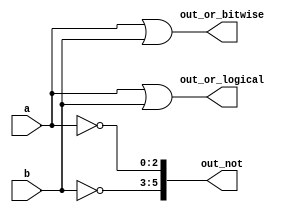
// This program was cloned from: https://github.com/matthlud/HDLBits
// License: Apache License 2.0

module top_module( 
    input [2:0] a,
    input [2:0] b,
    output [2:0] out_or_bitwise,
    output out_or_logical,
    output [5:0] out_not
);
    assign out_or_bitwise[2:0] = a|b; 
    assign out_or_logical = a||b;
    assign out_not[5:3] = ~b;
    assign out_not[2:0] = ~a;

endmodule